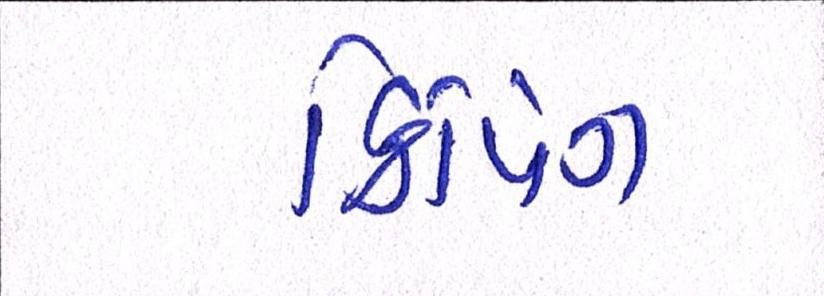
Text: ક્રિપિંગ